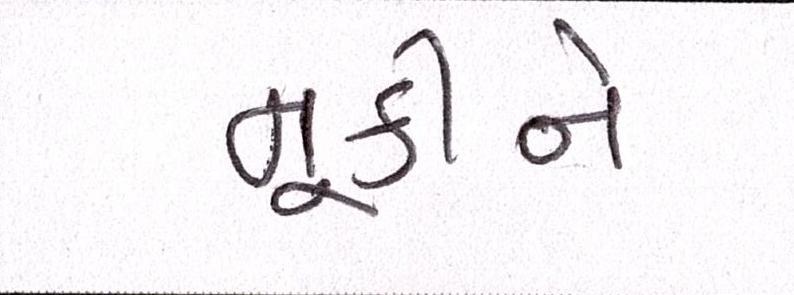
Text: મૂકીને